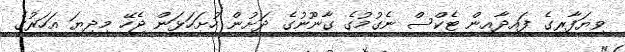
ވިޔަފާރީގެ ފައިދާއިން ޓެކްސް ނެގުމުގެ ގާނޫނުގެ ދަށުން ހުށަހަޅަން ޖެހޭ މިދިޔަ އަހަރުގެ